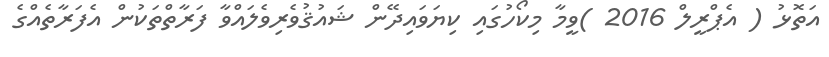
އަތޮޅު ( އެޕްރީލް 2016 )ވީމާ މިކޯހުގައި ކިޔަވައިދޭން ޝައުޤުވެރިވެލައްވާ ފަރާތްތަކުން އެފަރާތެއްގެ